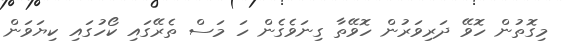
މިގޮތުން ހޮވޭ ދަރިވަރުން ހޮވޭތާ ގިނަވެގެން ހަ މަސް ތެރޭގައި ކޯހުގައި ކިޔަވަން